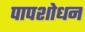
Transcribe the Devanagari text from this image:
पापशोधन